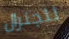
للجنرال